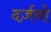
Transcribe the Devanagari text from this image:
दर्ज़नो